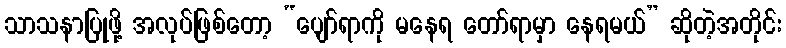
သာသနာပြုဖို့ အလုပ်ဖြစ်တော့ “ပျော်ရာကို မနေရ တော်ရာမှာ နေရမယ်” ဆိုတဲ့အတိုင်း